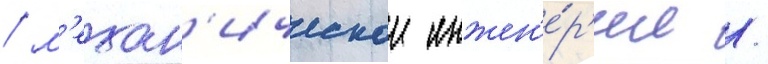
/ м'ехан'ическои инжен'е́р'ии /